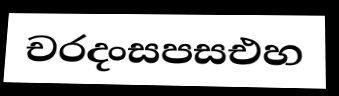
චරදංසපසඑහ